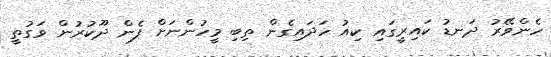
ހެންވޭރު ދަނޑު ކައިރީގައި ކިއު ހަދައިގެން ތިބި މީހުންނަށް ފެން ދޫކުރުން ވަގުތީ